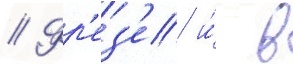
// Фр'ез'е и́ в